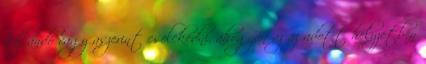
hajlandó vagy aszerint cselekedni, ahogyan az az adott helyzetben